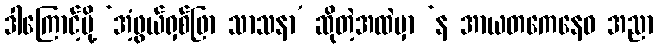
ဒါကြောင့်မို့ ‘အံ့ဖွယ်ရှစ်ဖြာ သာသနာ’ ဆိုတဲ့အထဲမှာ ‘န အာယတကေနေဝ အညာ